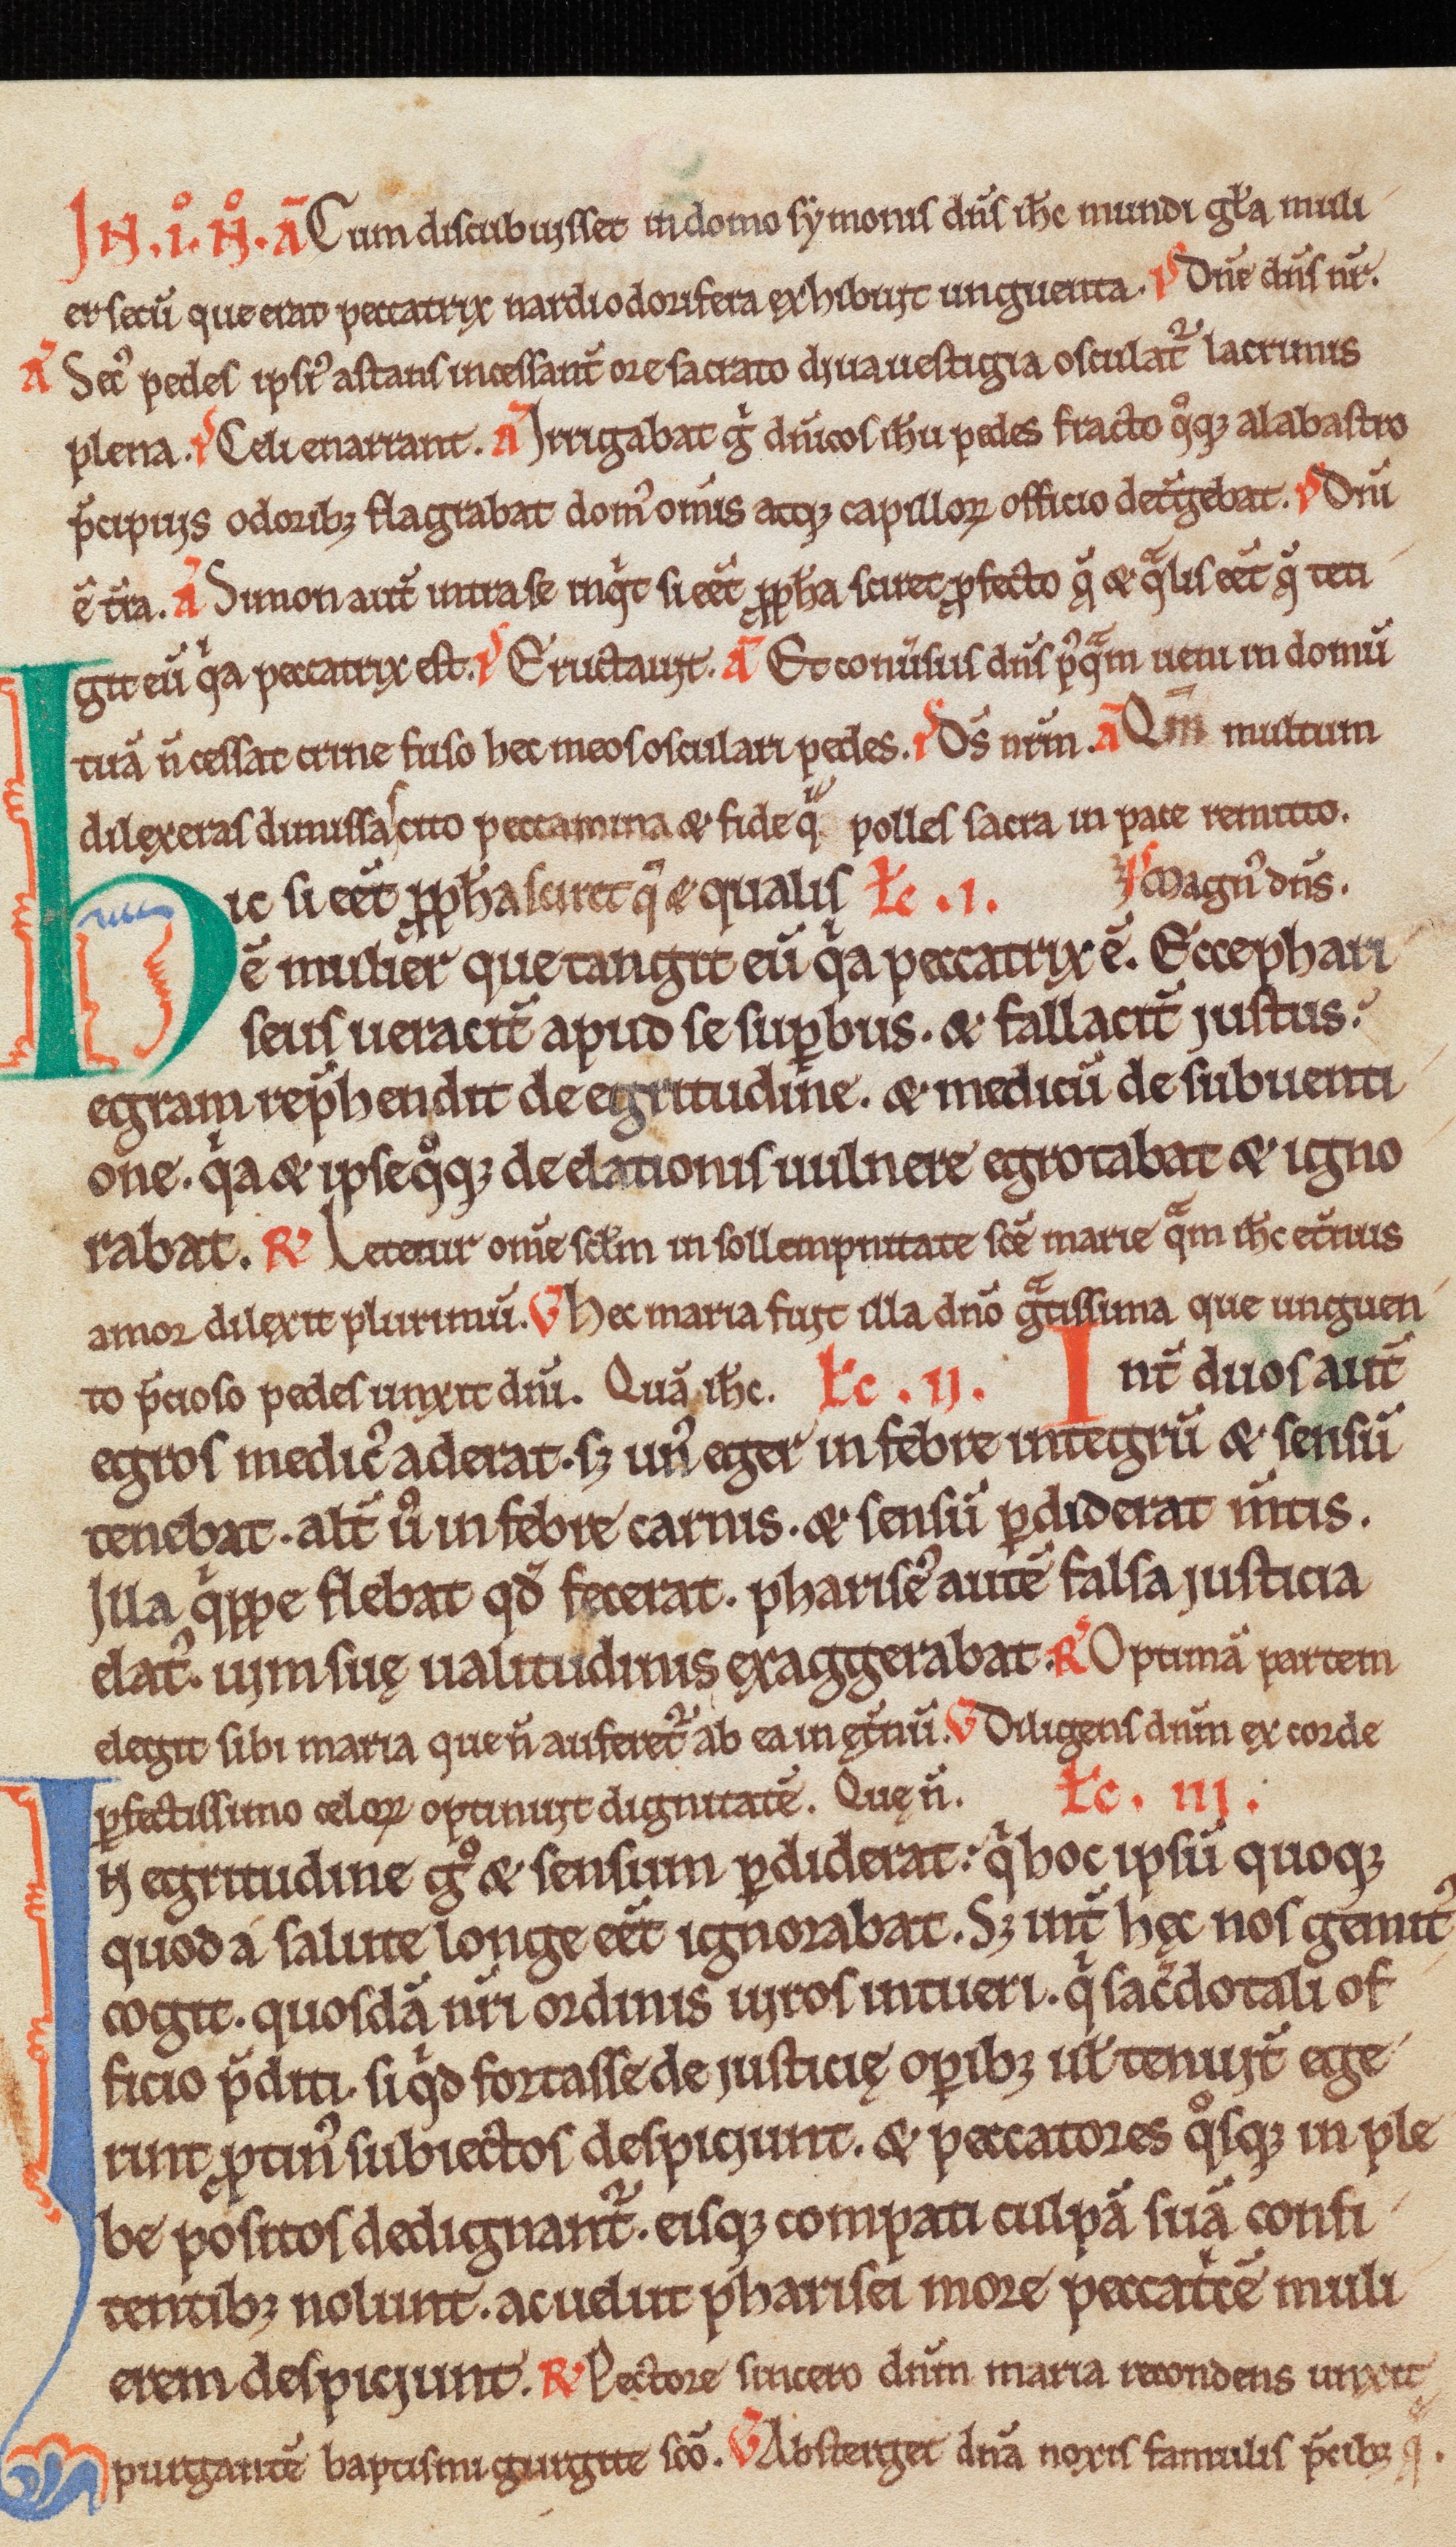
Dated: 1150–1199